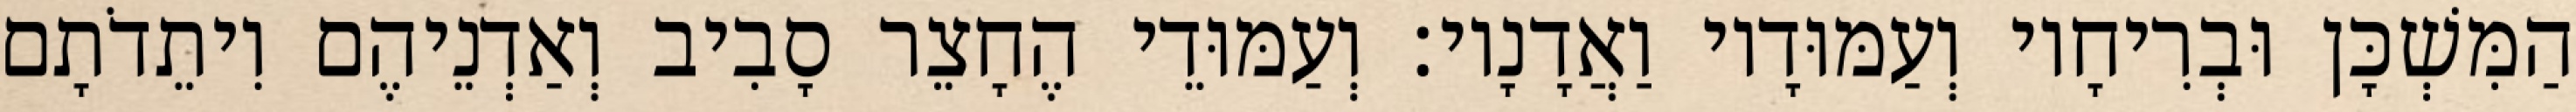
הַמִּשְׁכָּן וּבְרִיחָיו וְעַמּוּדָיו וַאֲדָנָיו׃ וְעַמּוּדֵי הֶחָצֵר סָבִיב וְאַדְנֵיהֶם וִיתֵדֹתָם